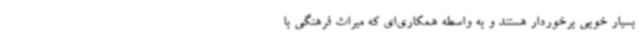
بسیار خوبی برخوردار هستند و به واسطه‌ همکاری‌ای که میراث فرهنگی با